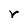
Character: r